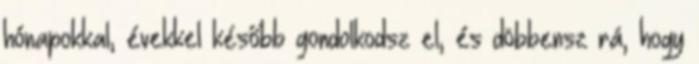
hónapokkal, évekkel később gondolkodsz el, és döbbensz rá, hogy